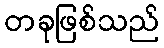
တခုဖြစ်သည်